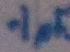
Text: .1pF